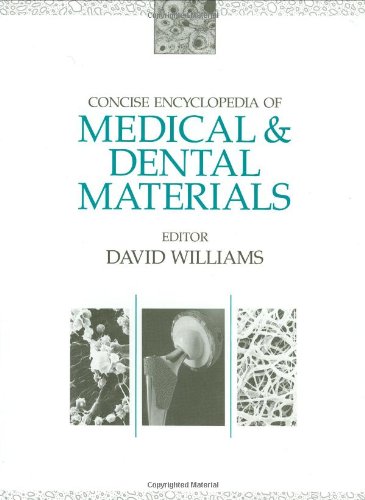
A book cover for Concise Encyclopaedia of Medical and Dental Materialst (Advances in Materials Science and Engineering); Medical Books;